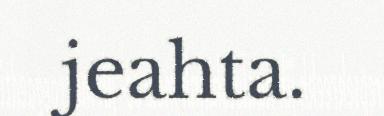
jeahta.